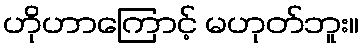
ဟိုဟာကြောင့် မဟုတ်ဘူး။